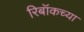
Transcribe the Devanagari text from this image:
रिबॉकच्या